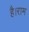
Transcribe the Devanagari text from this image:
है।राम